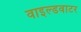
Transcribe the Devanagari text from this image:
वाइल्डवाटर